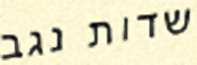
שדות נגב